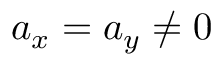
a _ { x } = a _ { y } \ne 0